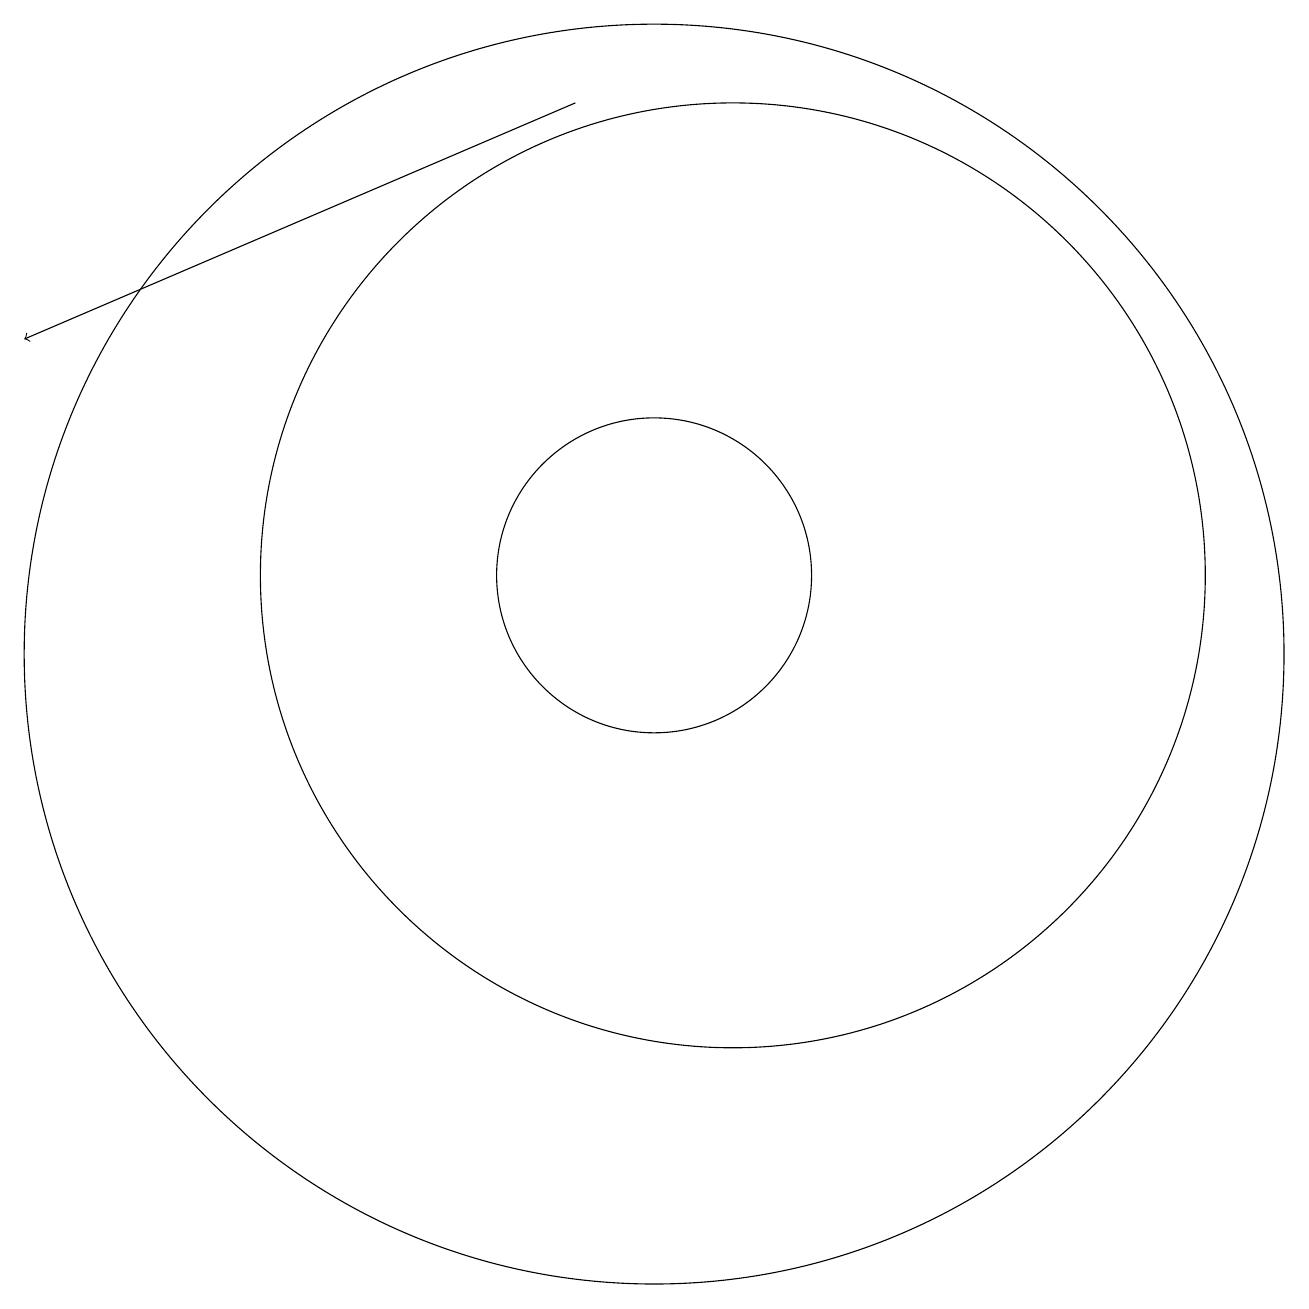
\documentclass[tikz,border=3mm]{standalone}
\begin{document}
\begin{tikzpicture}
\draw[->] (9,17) -- (2,14);
\draw (11,11) circle (6);
\draw (10,10) circle (8);
\draw (10,11) circle (2);
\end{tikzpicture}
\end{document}